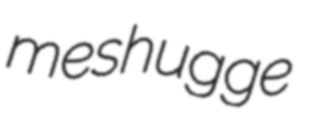
meshugge